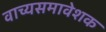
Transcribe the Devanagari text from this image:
वाच्यसमावेशक